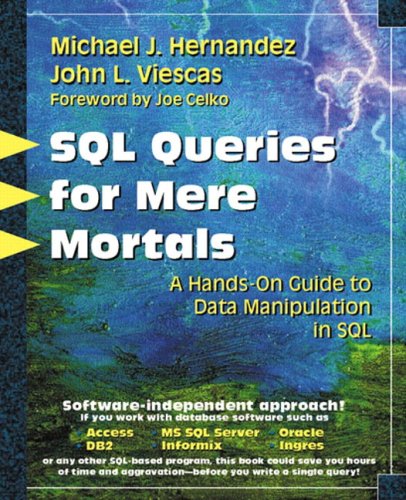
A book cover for SQL Queries for Mere Mortals(R): A Hands-On Guide to Data Manipulation in SQL; Michael J. Hernandez; Computers & Technology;